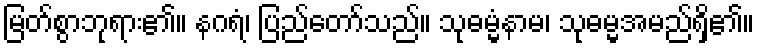
မြတ်စွာဘုရား၏။ နဂရံ၊ ပြည်တော်သည်။ သုဓမ္မံနာမ၊ သုဓမ္မအမည်ရှိ၏။